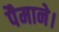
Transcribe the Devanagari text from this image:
पैमाने।